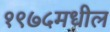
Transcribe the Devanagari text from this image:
१९७५मधील